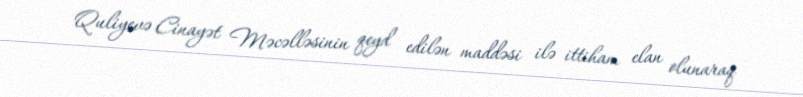
Quliyevə Cinayət Məcəlləsinin qeyd edilən maddəsi ilə ittiham elan olunaraq